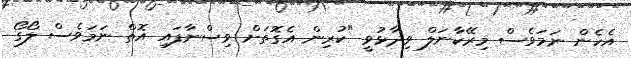
އެހެން ނަމަވެސް މިރޭކާނަލް ވިދާޅުވީ "ކުރިން އެގޮތަށް ވިސްނާފައި އޮތް ނަމަވެސް ލޯގޯ